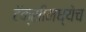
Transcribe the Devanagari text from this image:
टॅक्सीमध्येच